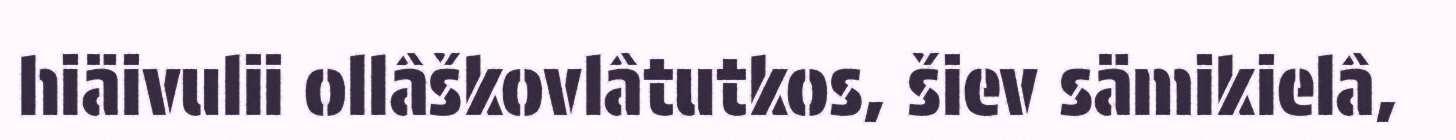
hiäivulii ollâškovlâtutkos, šiev sämikielâ,